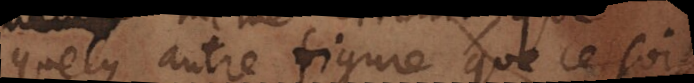
quelque autre figure que ce soit,